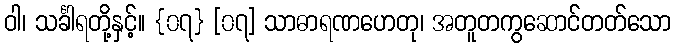
ဝါ၊ သင်္ခါရတို့နှင့်။ {၀၇} [၀၇] သာဓာရဏဟေတု၊ အတူတကွဆောင်တတ်သော